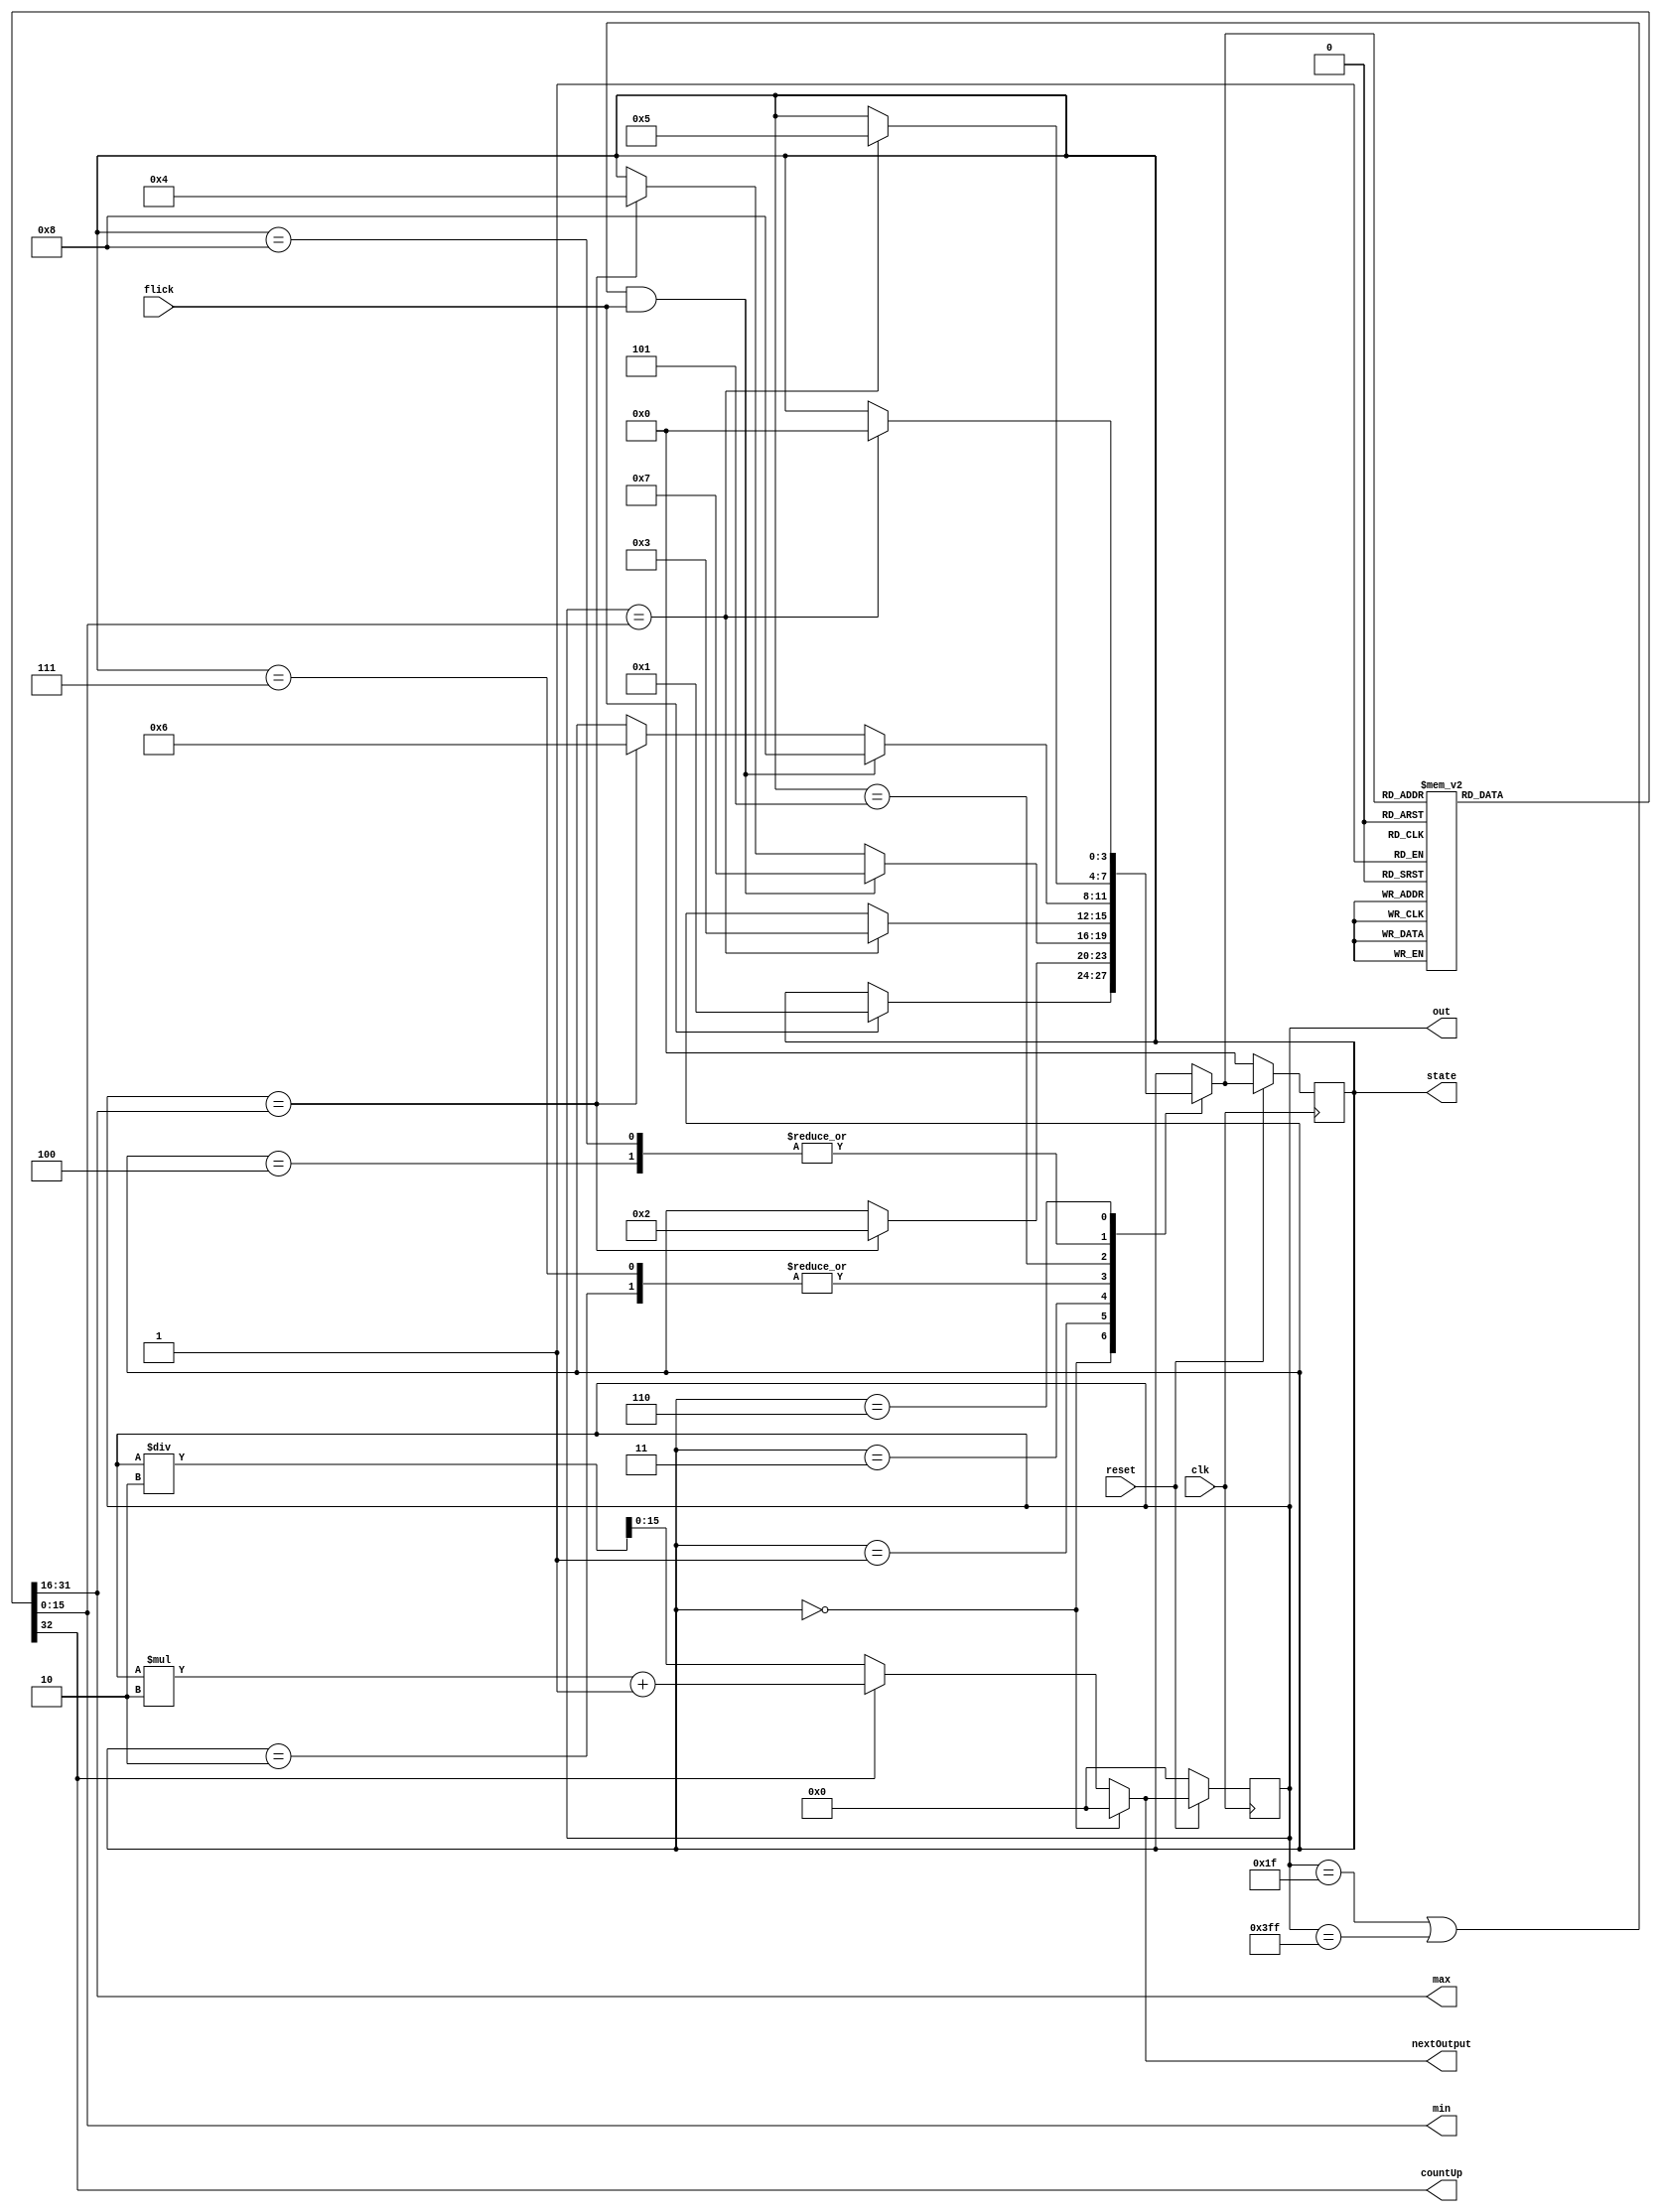
module test(reset, flick, clk, out, state, countUp, max, min, nextOutput);
input clk, reset, flick;
output reg [15:0] out;

initial out <= 16'b0;

output reg [15:0] max = 0;
output reg [15:0] min = 0;
output reg countUp = 0;//0 la dem xuong, 1 la dem len

//state
parameter init = 4'b0000,
          s1 = 4'b0001,
          s2 = 4'b0010,
          s3 = 4'b0011,
          s4 = 4'b0100,
          s5 = 4'b0101,
          s6 = 4'b0110,
          s3_flick = 4'b0111,
          s5_flick = 4'b1000,
          kickbackPoint5 = 16'b0000_0000_0001_1111,
          kickbackPoint10 = 16'b0000_0011_1111_1111;
          
 output reg [3:0] state = init;
 reg [3:0] nextState = init;
 output reg [15:0] nextOutput;
 initial nextOutput <= 16'b0;

//reset block
always @(posedge clk) begin
    if (reset ==1'b0) begin
        state <= init;
        out <= 0;
    end
    else begin
        state <=nextState;
        out <= nextOutput;
    end
end

//update output
always @(countUp, state, out) begin
    if (state == init) nextOutput <= 0;
    else begin
        if(countUp==1'b1) nextOutput <=out*2+1;
        else nextOutput <=out/2;
    end
end

//update state

always @(out, flick) begin
    case (state)
        init: begin
            if (flick == 1) nextState <= s1;
            else nextState <= state;
        end
        s1: begin
            if (out == max) nextState <= s2;
            else nextState <= state;
        end
        s2: begin
            if (out == min) nextState <= s3;
            else nextState <= state;
        end
        s3: begin
            if ((out == kickbackPoint5 || out == kickbackPoint10) && flick == 1) nextState <= s3_flick;
            else if (out == max) nextState <= s4;
            else nextState <= state;
        end
        s3_flick: begin
            if (out == min) nextState <= s3;
            else nextState <=state;
        end
        s4: begin
            if (out == min) nextState <= s5;
            else nextState <= state;
        end
        s5: begin
            if ((out == kickbackPoint5 || out == kickbackPoint10) && flick == 1) nextState <= s5_flick;
            else if (out == max) nextState <= s6;
            else nextState <= state;
        end
        s5_flick: begin
            if (out == min) nextState <= s5;
            else nextState <=state;
        end
        s6: begin
            if (out == min) nextState <= init;
            else nextState <= state;
        end
        default: nextState <= state;
    endcase
           
end
//update min,max

always @(nextState) begin
    case (nextState)
        init: begin
            min<=0;
            max<=0;
            countUp <= 0;
            end
        s1: begin
            min<=0;
            max<=16'b0000_0000_0001_1111;
            countUp <= 1;
            end
        s2: begin
            min<=0;
            max<=16'b0000_0000_0001_1111;
            countUp <= 0;
            end
        s3: begin
            min<=0;
            max<=16'b0000_0011_1111_1111;
            countUp <= 1;
            end
        s4: begin
            min<=16'b0000_0000_0001_1111;
            max<=16'b0000_0011_1111_1111;
            countUp <= 0;
            end
        s5: 
        begin
            min<=16'b0000_0000_0001_1111;
            max<=16'b1111_1111_1111_1111;
            countUp <= 1;
        end
        s6:
        begin
            min<=0;
            max<=16'b1111_1111_1111_1111;
            countUp <= 0;
        end
        s3_flick:
        begin
            min <=0;
            max <=16'b0000_0000_0001_1111;
            countUp <=0;
        end
        
        s5_flick:
        begin
            min <=16'b0000_0000_0001_1111;
            max <=16'b0000_0011_1111_1111;
            countUp <=0;
        end
        
        default:
        begin
            min<=0;
            max<=0;
            countUp = 0;
        end
    endcase
end

endmodule